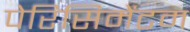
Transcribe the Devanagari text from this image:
पेरिसिमेंटम